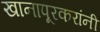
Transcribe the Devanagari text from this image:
खानापूरकरांनी